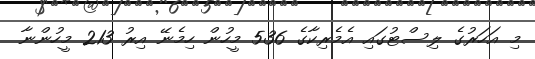
މި އަހަރުގެ ލިސްޓުގައި އެމެރިކާގެ 536 މީހުން ހިމެނޭ އިރު 213 މީހުންނާ